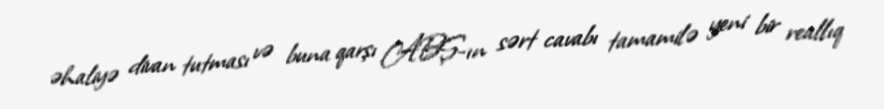
əhaliyə divan tutması və buna qarşı ABŞ-ın sərt cavabı tamamilə yeni bir reallıq